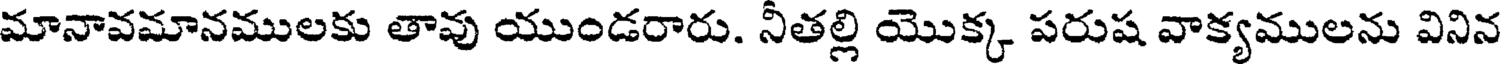
మానావమానములకు తావు యుండరారు. నీతల్లి యొక్క పరుష వాక్యములను వినిన